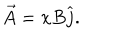
LaTeX: \overrightarrow { A } = x B \widehat { j } .